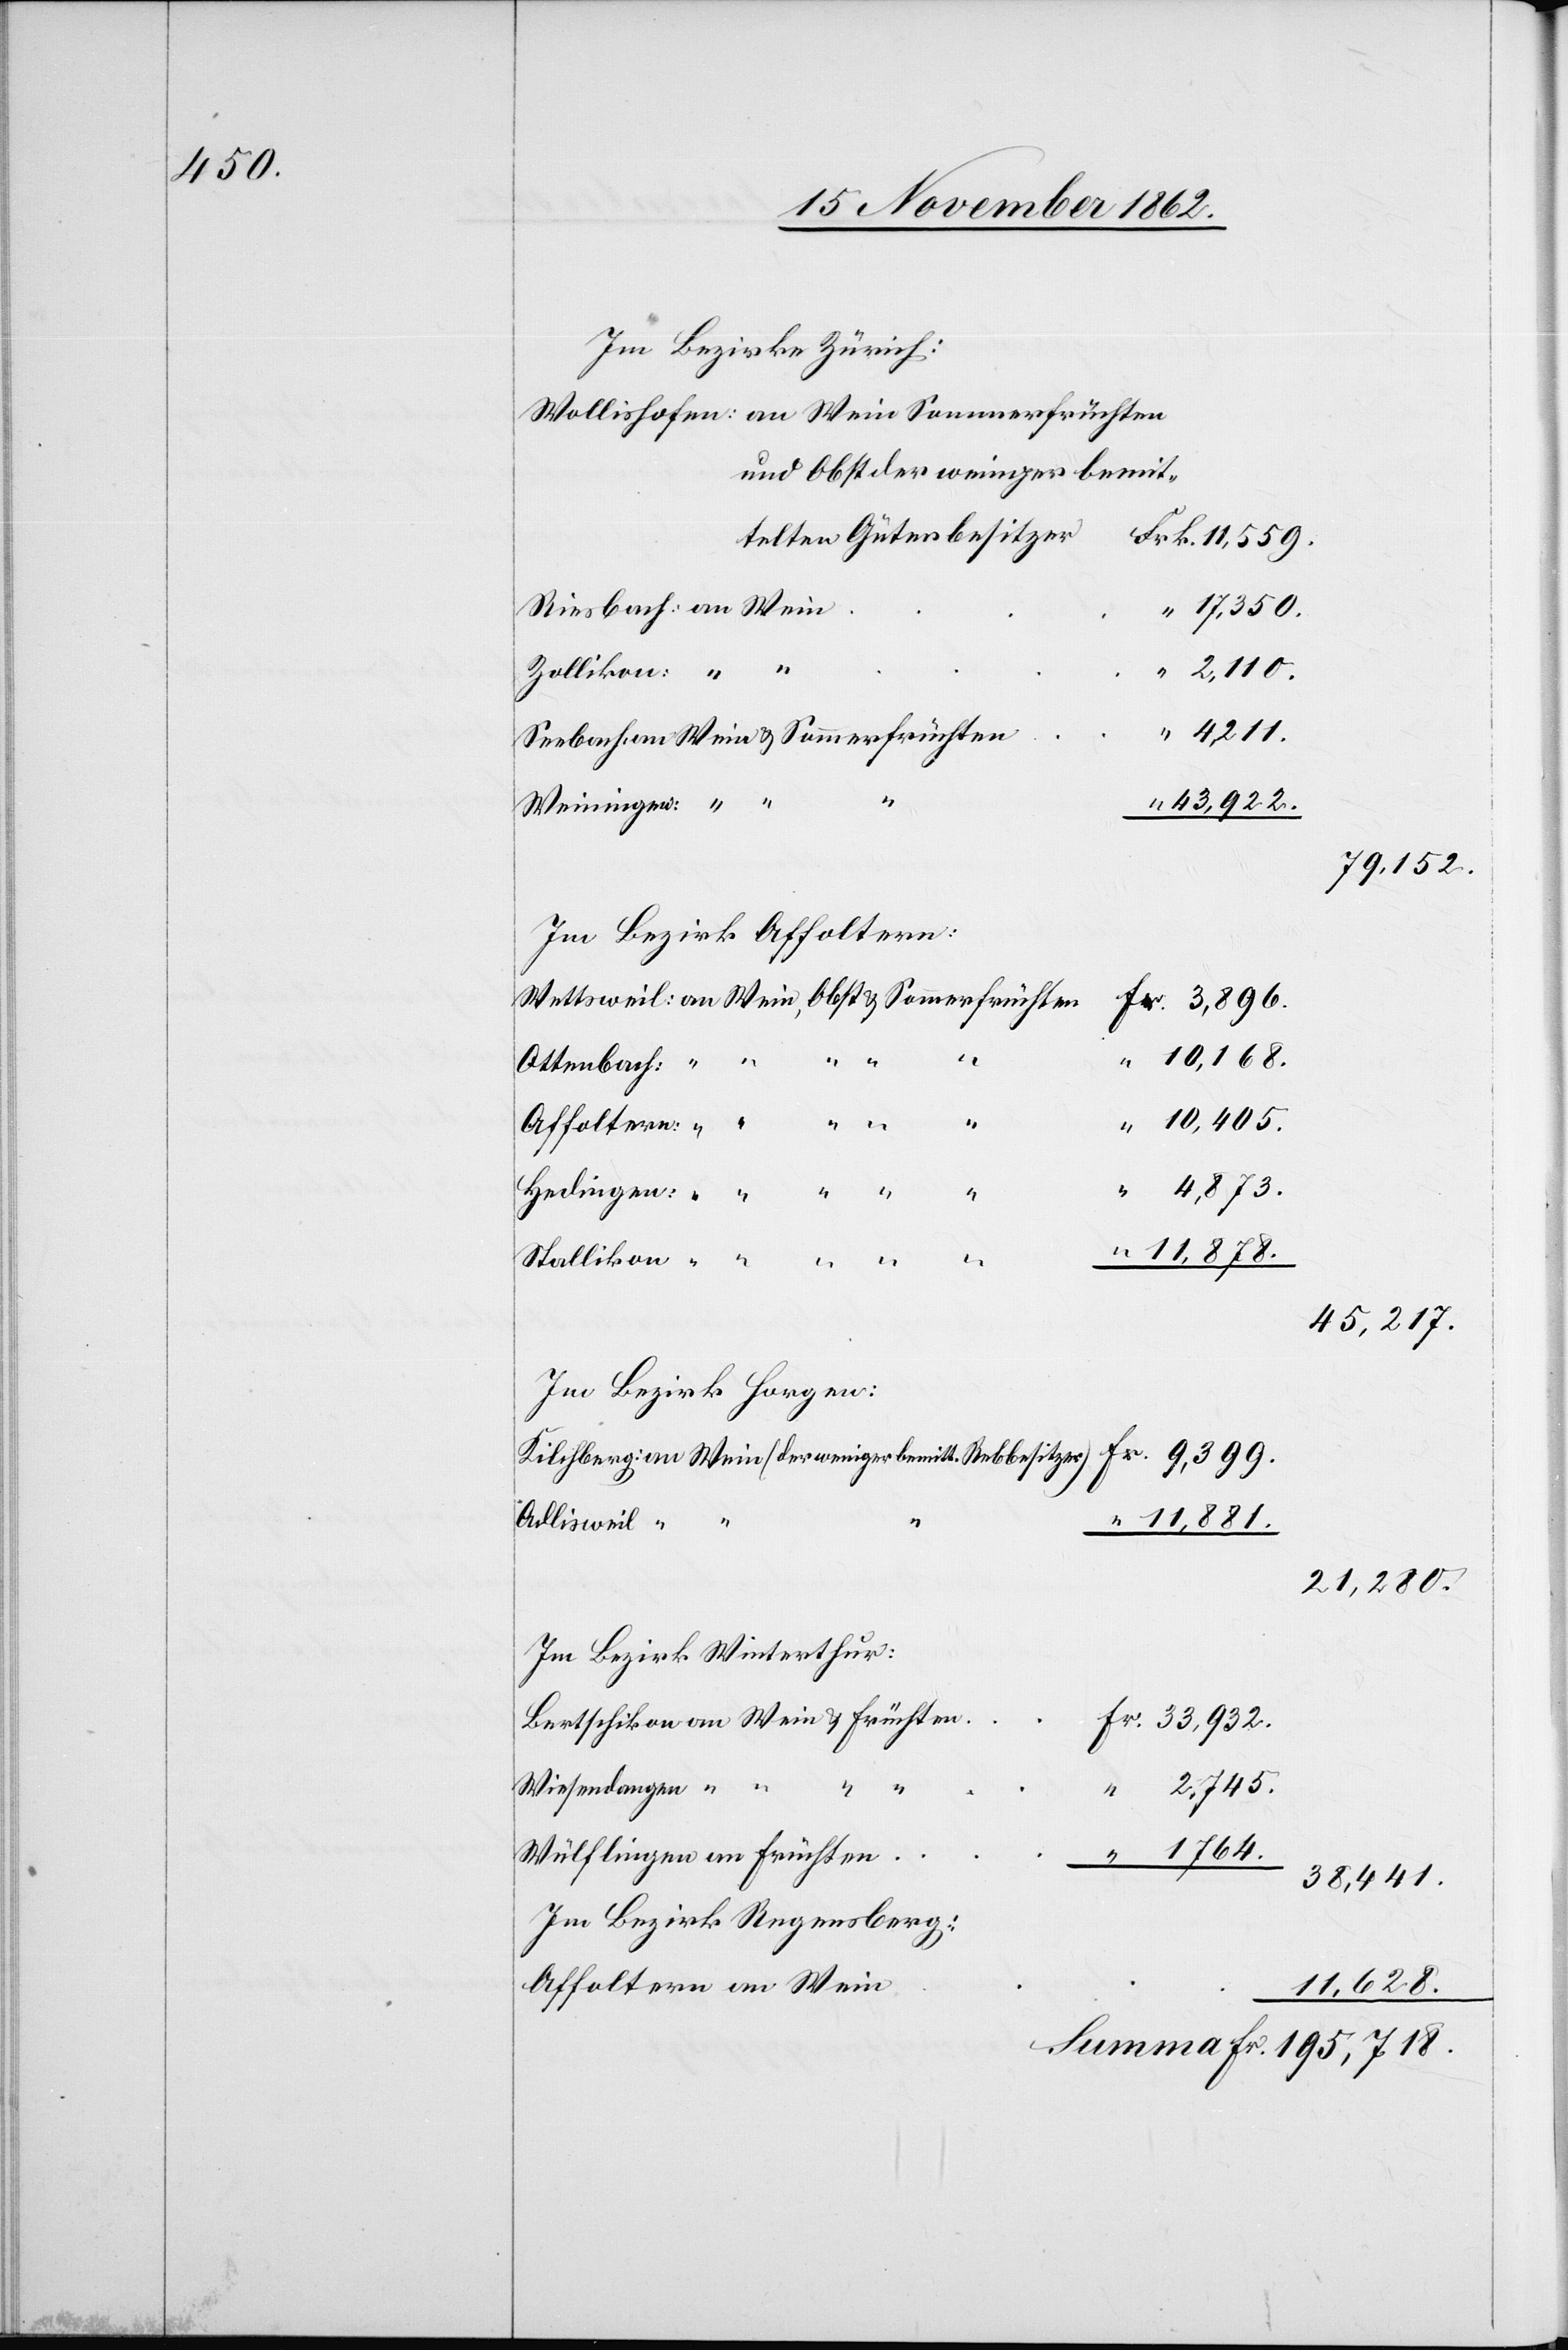
195,718.

Im Bezirke Zürich:
telten Güterbesitzer
17,350.
2,110.
Zollikon:
4,211.
u.
33,932.
Weiningen
79,152.
Im Bezirk Affoltern:
Fr.
10,168.
Ottenbach
10,405.
45,217.
Im Bezirk Horgen:
Adlisweil
11,881.
21,280.
Im Bezirk Winterthur:
Wiesendangen
1,764.
38,441.
Im Bezirk Regensberg:
11,628.